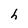
Character: h